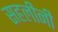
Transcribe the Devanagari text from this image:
सहलीनी